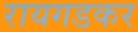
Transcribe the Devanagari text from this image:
रायगडकर